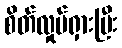
စိတ်လှုပ်ရှားပြီး